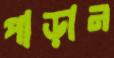
পাড়ান